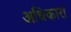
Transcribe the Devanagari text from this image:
अधिकारां